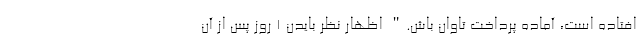
افتاده است، آماده پرداخت تاوان باش." اظهار نظر بایدن 1 روز پس از آن